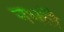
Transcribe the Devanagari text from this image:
नभलै